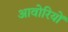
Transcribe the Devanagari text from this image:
आवोरियों